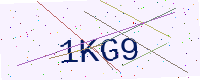
Text: 1KG9